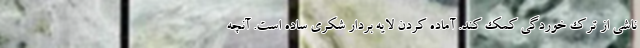
ناشی از ترک خوردگی کمک کند. آماده کردن لایه بردار شکری ساده است. آنچه